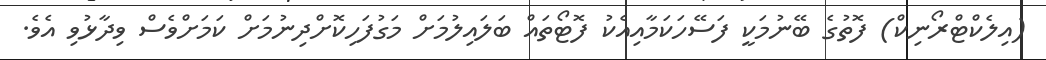
(އިލެކްޓްރޯނިކް) ފޮތުގެ ބޭނުމަކީ ފަސޭހަކަމާއިއެކު ފޮޓޯތައް ބަލައިލުމަށް މަގުފަހިކޮށްދިނުމަށް ކަމަށްވެސް ވިދާޅުވި އެވެ.